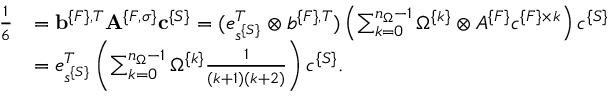
\begin{array} { r l } { \frac 1 6 } & { = { \bf b } ^ { \{ F \} , T } { \bf A } ^ { \{ F , \sigma \} } { \bf c } ^ { \{ S \} } = ( e _ { s ^ { \{ S \} } } ^ { T } \otimes b ^ { \{ F \} , T } ) \left( \sum _ { k = 0 } ^ { n _ { \Omega } - 1 } \Omega ^ { \{ k \} } \otimes A ^ { \{ F \} } c ^ { \{ F \} \times k } \right) c ^ { \{ S \} } } \\ & { = e _ { s ^ { \{ S \} } } ^ { T } \left( \sum _ { k = 0 } ^ { n _ { \Omega } - 1 } \Omega ^ { \{ k \} } \frac { 1 } { ( k + 1 ) ( k + 2 ) } \right) c ^ { \{ S \} } . } \end{array}